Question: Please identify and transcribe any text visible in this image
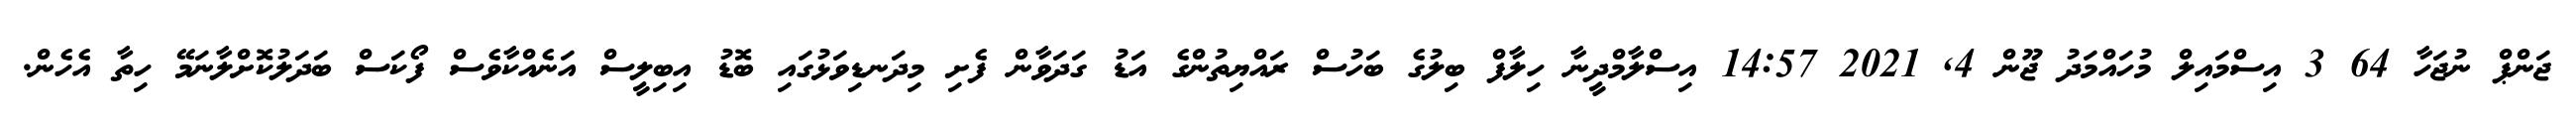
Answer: ޖަންޕް ނުޖަހާ 64 3 އިސްމައިލް މުހައްމަދު ޖޫން 4, 2021 14:57 އިސްލާމްދީނާ ހިލާފް ބިލުގެ ބަހުސް ރައްޔިތުންގެ އަޑު ގަދަވާން ފެށި މިދަނޑިވަޅުގައި ބޮޑު އިބިލީސް އަނެއްކާވެސް ފޯކަސް ބަދަލުކޮށްލާނަމޭ ހިތާ އެހެން.